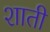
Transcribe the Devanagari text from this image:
शाती